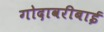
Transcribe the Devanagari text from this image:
गोदावरीबाई